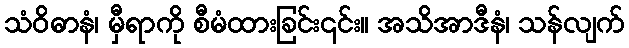
သံဝိဓာနံ၊ မှီရာကို စီမံထားခြင်း၎င်း။ အသိအာဒီနံ၊ သန်လျက်